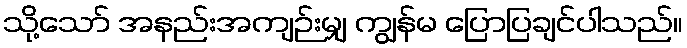
သို့သော် အနည်းအကျဉ်းမျှ ကျွန်မ ပြောပြချင်ပါသည်။